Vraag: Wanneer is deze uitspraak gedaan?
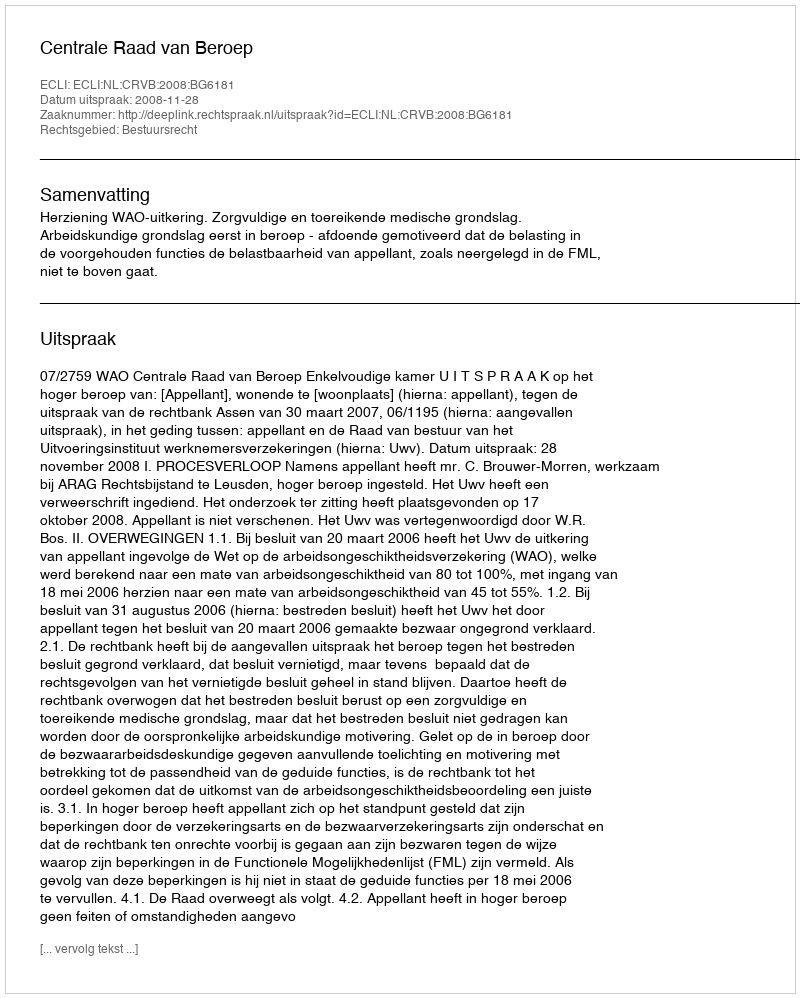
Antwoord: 2008-11-28